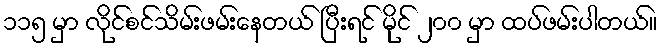
၁၁၅ မှာ လိုင်စင်သိမ်းဖမ်းနေတယ် ပြီးရင် မိုင် ၂၀၀ မှာ ထပ်ဖမ်းပါတယ်။